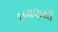
દબાણથી